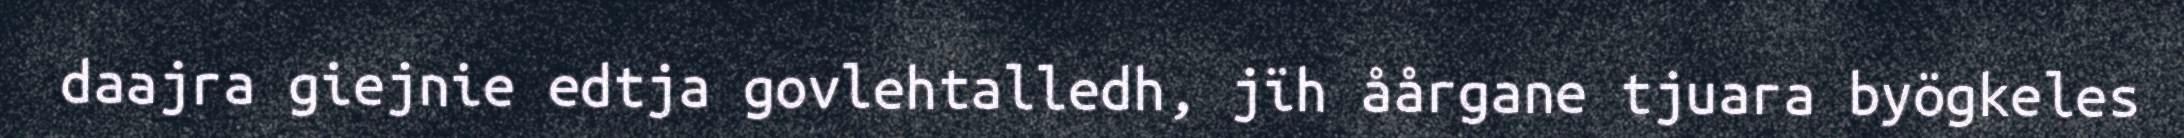
daajra giejnie edtja govlehtalledh, jïh åårgane tjuara byögkeles